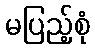
မပြည့်စုံ